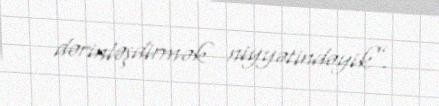
dərinləşdirmək niyyətindəyik”.